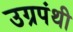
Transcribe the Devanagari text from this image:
उग्रपंथी